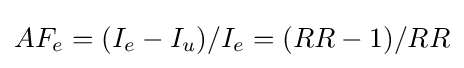
AF_{e}=(I_{e}-I_{u})/I_{e}=(RR-1)/RR